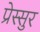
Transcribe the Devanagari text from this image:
प्रेस्सुर